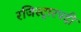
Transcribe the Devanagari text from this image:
रजिस्ट्रारपदी